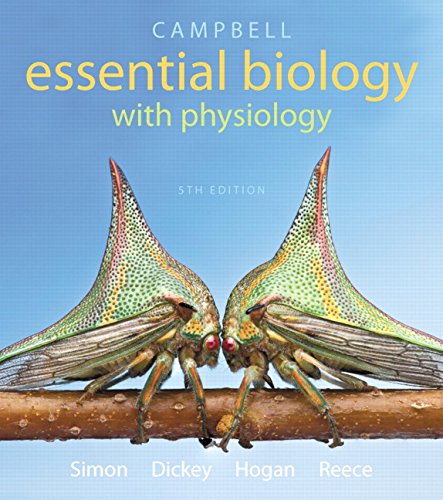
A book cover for Campbell Essential Biology with Physiology (5th Edition); Eric J. Simon; Science & Math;